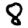
Digit: 8